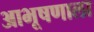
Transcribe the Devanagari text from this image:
आभूषणाला